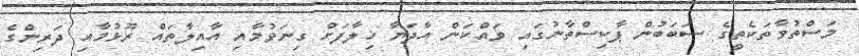
މަސްތުވާތަކެތީގެ ސަބަބުން ޕާކިސްތާނުގައި ވައްކަން އާދަޔާ ޚިލާފަށް ގިނަވުމާއި އާއިލާތައް ރޫޅުމާއި ދަރިންގެ